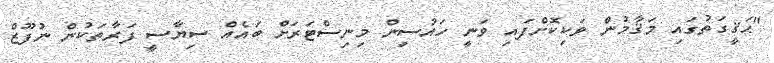
"ޙަޤީގަތުގައި މަޤާމުން ވަކިކޮށްފައި ވަނީ ހައުސިން މިނިސްޓަރަށް ބައެއް ސިޔާސީ ފަރާތަކުން ނުފޫޒް